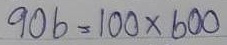
906 = 100 x 600